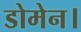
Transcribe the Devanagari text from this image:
डोमेन।